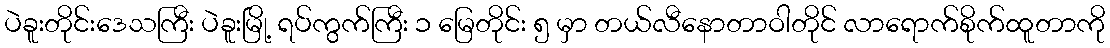
ပဲခူးတိုင်းဒေသကြီး ပဲခူးမြို့ ရပ်ကွက်ကြီး ၁ မြေတိုင်း ၅ မှာ တယ်လီနောတာဝါတိုင် လာရောက်စိုက်ထူတာကို